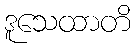
ဒူသေထာတိ